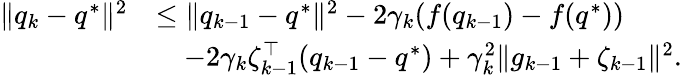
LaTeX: \begin{array}{rl}{\| q_{k}-q^{*}\| ^{2}}&{\leq\| q_{k-1}-q^{*}\| ^{2}-2\gamma_{k}(f(q_{k-1})-f(q^{*}))}\\ &{\quad-2\gamma_{k}\zeta_{k-1}^{\top}(q_{k-1}-q^{*})+\gamma_{k}^{2}\| g_{k-1}+\zeta_{k-1}\| ^{2}.}\end{array}